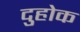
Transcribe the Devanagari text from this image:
दुहोक